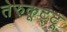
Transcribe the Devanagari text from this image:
तेरुकूट्टू